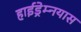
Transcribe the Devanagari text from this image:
हाईड्रेम्नयास